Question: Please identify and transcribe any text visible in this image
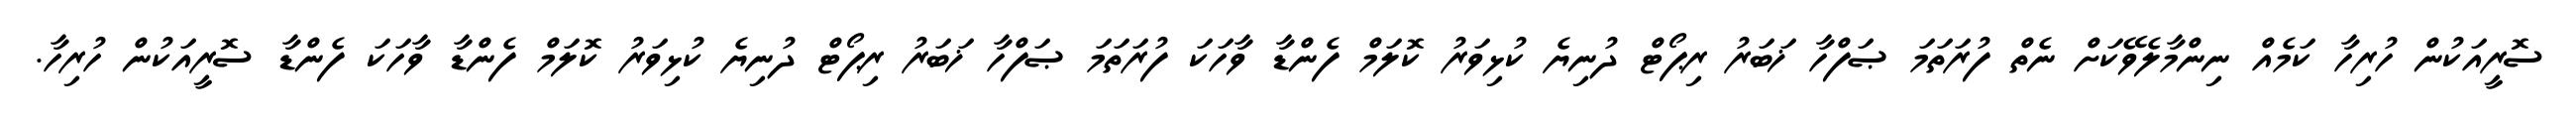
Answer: ސޮރީއަކުން ހުރިހާ ކަމެއް ނިންމާލެވޭކަށް ނެތް ފުރަތަމަ ޞަފްހާ ޚަބަރު ރިޕޯޓް ދުނިޔެ ކުޅިވަރު ކޮލަމް ފެންޑާ ވާހަކަ ފުރަތަމަ ޞަފްހާ ޚަބަރު ރިޕޯޓް ދުނިޔެ ކުޅިވަރު ކޮލަމް ފެންޑާ ވާހަކަ ފެންޑާ ސޮރީއަކުން ހުރިހާ.